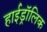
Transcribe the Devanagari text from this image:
हाईड्रॉलिक